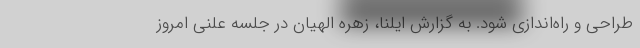
طراحی و راه‌اندازی شود. به گزارش ایلنا، زهره الهیان در جلسه علنی امروز